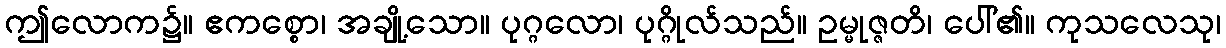
ဤလောက၌။ ဧကစ္စော၊ အချို့သော။ ပုဂ္ဂလော၊ ပုဂ္ဂိုလ်သည်။ ဥမ္မုဇ္ဇတိ၊ ပေါ်၏။ ကုသလေသု၊